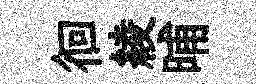
徊綾晡